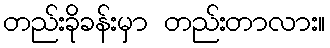
တည်းခိုခန်းမှာ တည်းတာလား။